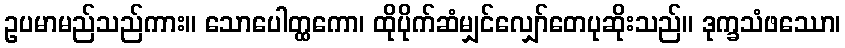
ဥပမာမည်သည်ကား။ သောပေါတ္ထကော၊ ထိုပိုက်ဆံမျှင်လျှော်တေပုဆိုးသည်။ ဒုက္ခသံဖဿော၊